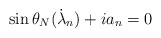
\begin{align*}\sin\theta_N(\dot \lambda_n)+ i a_n=0\end{align*}